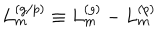
L _ { m } ^ { ( g / p ) } \equiv L _ { m } ^ { ( g ) } - L _ { m } ^ { ( p ) }